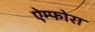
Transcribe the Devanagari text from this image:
ऐम्फोरा